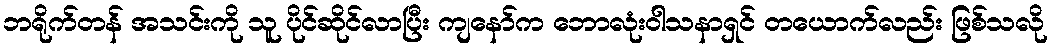
ဘရိုက်တန် အသင်းကို သူ ပိုင်ဆိုင်လာပြီး ကျနော်က ဘောလုံးဝါသနာရှင် တယောက်လည်း ဖြစ်သလို